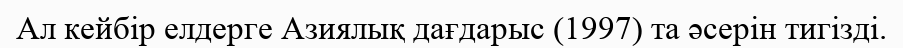
Ал кейбір елдерге Азиялық дағдарыс (1997) та әсерін тигізді.